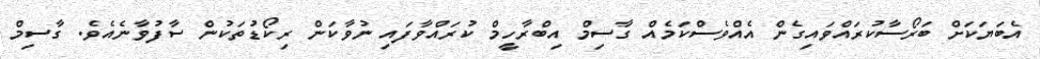
އެބަޔަކަށް ބަރޯސާކުރައްވައިގެން އެއްވެސްކަމެއް ގާސިމް އިބްރާހީމް ކުރައްވާފައި ނުވާކަން ރިކޯޑުތަކުން ސާފުވާނެއެވެ. ގާސިމް